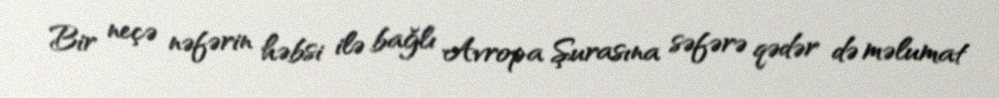
Bir neçə nəfərin həbsi ilə bağlı Avropa Şurasına səfərə qədər də məlumat